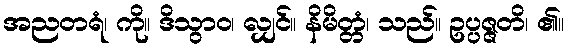
အညတရံ၊ ကို။ ဒိသွာဝ၊ လျှင်။ နိမိတ္တံ၊ သည်။ ဥပ္ပဇ္ဇတိ၊ ၏။